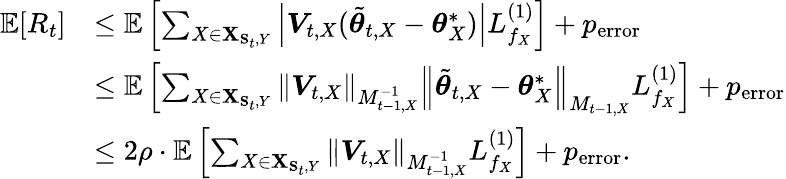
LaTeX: \begin{array}{rl}{\mathbb{E}[R_{t}]}&{\leq\mathbb{E}\left[\sum_{X\in{\mathbf X}_{{\mathbf S}_{t},Y}}\left|\boldsymbol{V}_{t,X}(\tilde{\boldsymbol{\theta}}_{t,X}-\boldsymbol{\theta}_{X}^{*})\right|L_{f_{X}}^{(1)}\right]+p_{\mathrm{error}}}\\ &{\leq\mathbb{E}\left[\sum_{X\in{\mathbf X}_{{\mathbf S}_{t},Y}}\left\| \boldsymbol{V}_{t,X}\right\| _{M_{t-1,X}^{-1}}\left\| \tilde{\boldsymbol{\theta}}_{t,X}-\boldsymbol{\theta}_{X}^{*}\right\| _{M_{t-1,X}}L_{f_{X}}^{(1)}\right]+p_{\mathrm{error}}}\\ &{\leq 2\rho\cdot\mathbb{E}\left[\sum_{X\in{\mathbf X}_{{\mathbf S}_{t},Y}}\left\| \boldsymbol{V}_{t,X}\right\| _{M_{t-1,X}^{-1}}L_{f_{X}}^{(1)}\right]+p_{\mathrm{error}}.}\end{array}